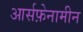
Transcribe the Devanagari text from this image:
आर्सफ़ेनामीन